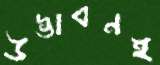
উদ্ভাবনই